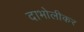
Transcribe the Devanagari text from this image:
दाभोलीकर